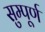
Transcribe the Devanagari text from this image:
सुम्पूर्ण